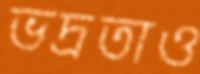
ভদ্রতাও